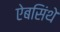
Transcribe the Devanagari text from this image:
ऐबसिंथे